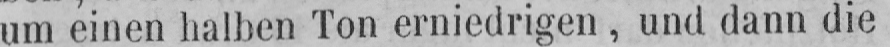
um einen halben Ton erniedrigen, und dann die